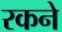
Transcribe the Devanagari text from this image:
रकने